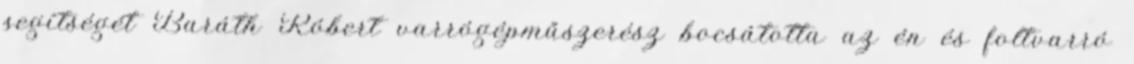
segítségét Baráth Róbert varrógépműszerész bocsátotta az én és foltvarró